Report on the Nagpur School of Medicine, Central Provinces
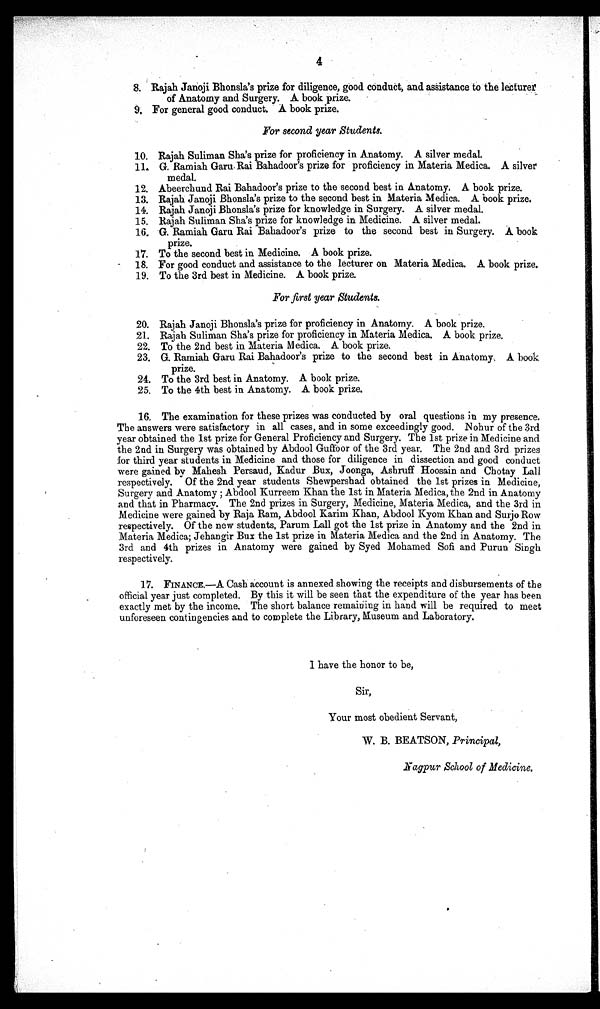
4
8. Rajah Janoji Bhonsla's prize for diligence, good conduct, and assistance to the lecturer
of Anatomy and Surgery. A book prize.
9. For general good conduct. A book prize.
For second year Students.
10. Rajah Suliman Sha's prize for proficiency in Anatomy. A silver medal.
11.
G. Ramiah Garu Rai Bahadoor's prize for proficiency in Materia Medica. A silver
medal.
12. Abeerchund Rai Bahadoor's prize to the second best in Anatomy. A book prize.
13. Rajah Janoji Bhonsla's prize to the second best in Materia Medica. A book prize.
14. Rajah Janoji Bhonsla's prize for knowledge in Surgery. A silver medal.
15. Rajah Suliman Sha's prize for knowledge in Medicine. A silver medal.
16. G. Ramiah Garu Rai Bahadoor's prize to the second best in Surgery. A book
prize.
17. To the second best in Medicine. A book prize.
18. For good conduct and assistance to the lecturer on Materia Medica. A book prize.
19. To the 3rd best in Medicine. A book prize.
For first year Students.
20. Rajah Janoji Bhonsla's prize for proficiency in Anatomy. A book prize.
21. Rajah Suliman Sha's prize for proficiency in Materia Medica. A book prize.
22. To the 2nd best in Materia Medica. A book prize.
23. G. Ramiah Garu Rai Bahadoor's prize to the second best in Anatomy. A book
prize.
24. To the 3rd best in Anatomy. A book prize.
25. To the 4th best in Anatomy. A book prize.
16. The examination for these prizes was conducted by oral questions in my presence.
The answers were satisfactory in all cases, and in some exceedingly good. Nohur of the 3rd
year obtained the 1st prize for General Proficiency and Surgery. The 1st prize in Medicine and
the 2nd in Surgery was obtained by Abdool Guffoor of the 3rd year. The 2nd and 3rd prizes
for third year students in Medicine and those for diligence in dissection and good conduct
were gained by Mahesh Persaud, Kadur Bux, Joonga, Ashruff Hoosain and Chotay Lall
respectively. Of the 2nd year students Shewpershad obtained the 1st prizes in Medicine,
Sur ger y and Anat omy; Abdool Kur r eem Khan t he 1s t i n Mat er i a Medi ca, t he 2nd i n Anat omy
and that in Pharmacy. The 2nd prizes in Surgery, Medicine, Materia Medica, and the 3rd in
Medicine were gained by Raja Ram, Abdool Karim Khan, Abdool Kyom Khan and Surjo Row
respectively. Of the new students, Parum Lall got the 1st prize in Anatomy and the 2nd in
Materia Medica; Jehangir Bux the 1st prize in Materia Medica and the 2nd in Anatomy. The
3rd and 4th prizes in Anatomy were gained by Syed Mohamed Sofi and Purun Singh
respectively.
17. FINANCE.—A Cash account is annexed showing the receipts and disbursements of the
official year just completed. By this it will be seen that the expenditure of the year has been
exactly met by the income. The short balance remaining in hand will be required to meet
unforeseen contingencies and to complete the Library, Museum and Laboratory.
I have the honor to be,
Sir,
Your most obedient Servant,
W. B. BEATSON, Principal,
Nagpur School of Medicine.